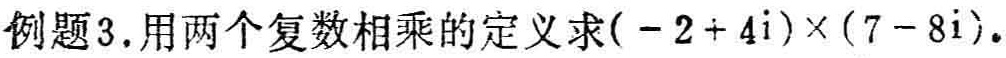
例题3.用两个复数相乘的定义求\((-2 + 4i)\times(7 - 8i)\)。